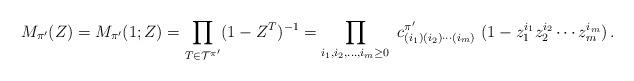
LaTeX: \begin{align*} M_{\pi'}(Z)= M_{\pi'}(1;Z) = \prod_{T\in {\cal T}^{\pi'}} (1-Z^T)^{-1} = \prod_{i_1,i_2,\ldots,i_m\geq 0}\ c^{\pi'}_{(i_1)(i_2)\cdots(i_m)}\ (1 - z_1^{i_1}z_2^{i_2}\cdots z_m^{i_m})\,.\end{align*}